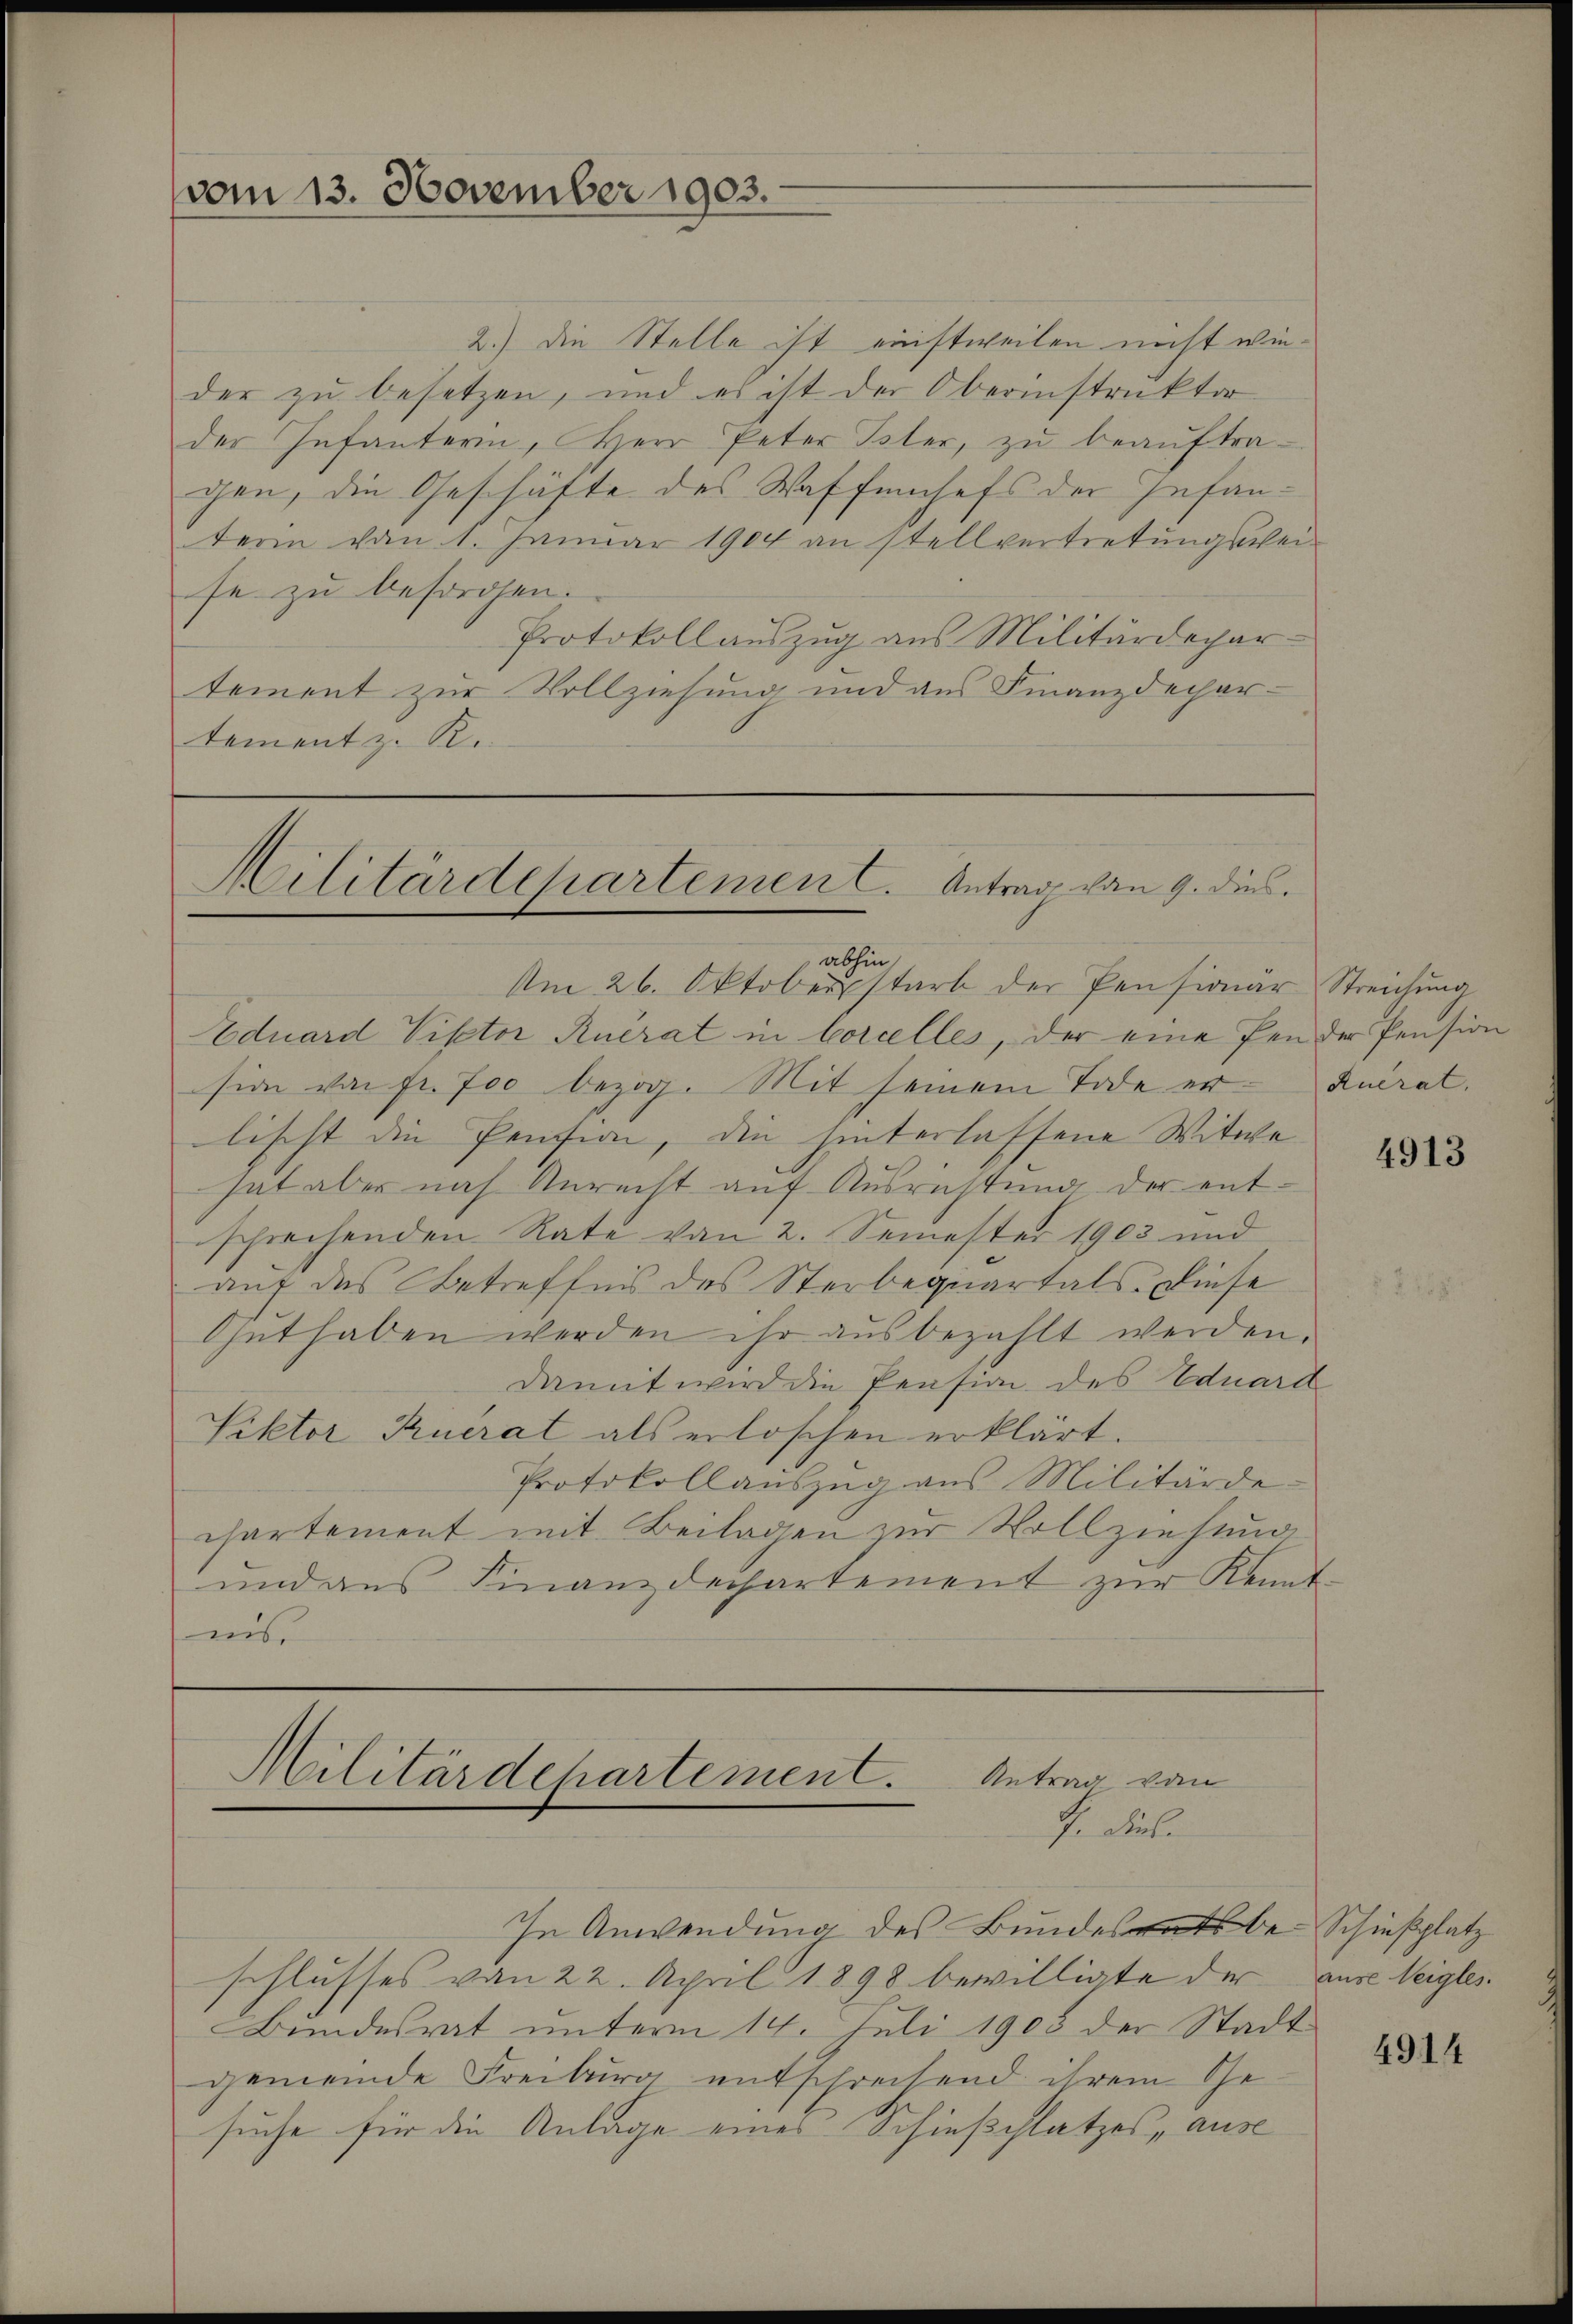
vom 13. November 1903.

2.) Die Stelle ist einstweilen nicht wieder zu besetzen, und es ist der Oberinstruktor
der Infanterin, Herr Peter Vater, zŭ beaŭftragen, die Geschäfte des Waffenhefs der Infanterin vom 1. Januar 1904 an stellvertretungsweise zu besorgen.
Protokoll auszug aus Militärdepar-
tement zur Vollziehung und aus Finanzdechar-
tement z. R.

Militärdepartement. Antrag von 9. dies

abhin
Am 26. Oktoberstarb der Pensionar Streichung
Eduard Pistor Ruerat in Corcelles, der eine Pender Pension
sion von fr. Joo bezog. Mit seinem Tode er- Zuerat.
lischt die Pension, die hinterlassene Witwe
hat aber nach Anrecht auf Ausrichtung der entschrechenden Rate von 2. Semester 1903 und
auf das Betreffnis des Sterbequartals. Diese
Guthaben werden ihr ausbezahlt werden.
damit wird die Pension des Eduard
Viktor Ruerat als erloschen erklärt.
Protokollauszug aus Militärde-
cartement mit Beilagen zur Vollziehung
und ans Finanzdechartement zur Kennt-
ins

schlusses von 22. April 1898 bewilligte der aus Weigles
Bundesrat unterm 14. Juli 1905 der Stadt
gemeinde Freiburg entschreihend ihrem Ge-
suche für die Anlage eines Schießplatzes, aus

Antrag vom
Militärdepartement.
de Ruhe

In Anwendung des Bundesrats be- Schießplatz

4913

4914